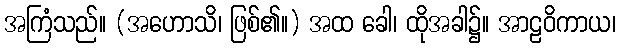
အကြံသည်။ (အဟောသိ၊ ဖြစ်၏။) အထ ခေါ၊ ထိုအခါ၌။ အာဠဝိကာယ၊